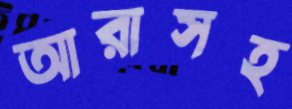
আরাসহ